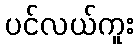
ပင်လယ်ကူး